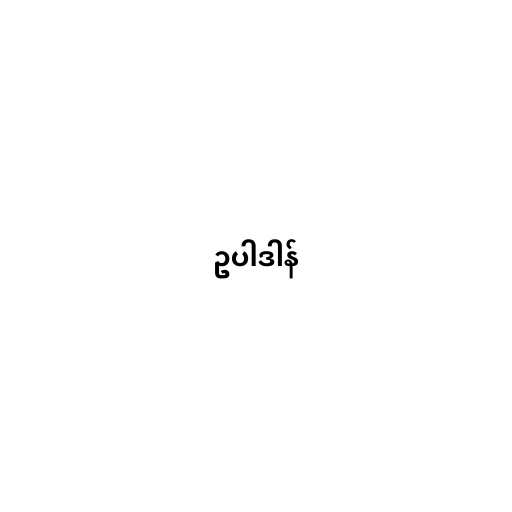
ဥပါဒါန်